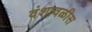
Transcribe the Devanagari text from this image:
वंशावळीस